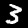
Label: 3